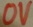
Text: 0V